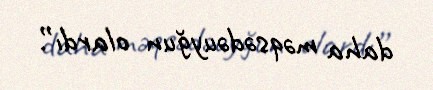
daha məqsədəuyğun olardı”.